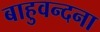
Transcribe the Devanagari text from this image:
बाहुवन्दना